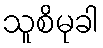
သူစိမုခါ